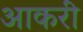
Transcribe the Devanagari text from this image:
आकरी